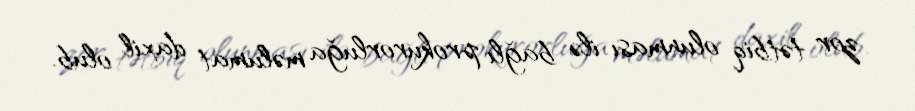
zor tətbiq olunması ilə bağlı prokurorluğa məlumat daxil olub.